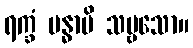
ရက္ခံ ဗန္ဓာမိ သဗ္ဗသော။